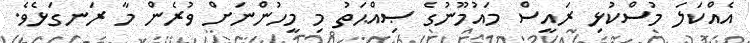
އެއްކަލަ މުސްކުޅި ރައީސް މައުމޫނުގެ ޞިއްޙަތު މި މީހުންނަށް ވުރެން މާ ރަނގަޅެވެ.